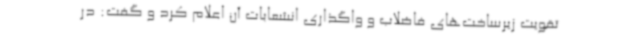
تقویت زیرساخت‌های فاضلاب و واگذاری انشعابات آن اعلام کرد و گفت:‌ در